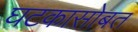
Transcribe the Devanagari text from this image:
घटकासोबत